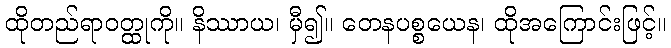
ထိုတည်ရာဝတ္ထုကို။ နိဿာယ၊ မှီ၍။ တေနပစ္စယေန၊ ထိုအကြောင်းဖြင့်။